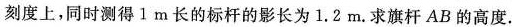
刻度上，同时测得1m长的标杆的影长为1.2m。求旗杆AB的高度.